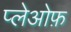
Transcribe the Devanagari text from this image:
प्लेओफ़